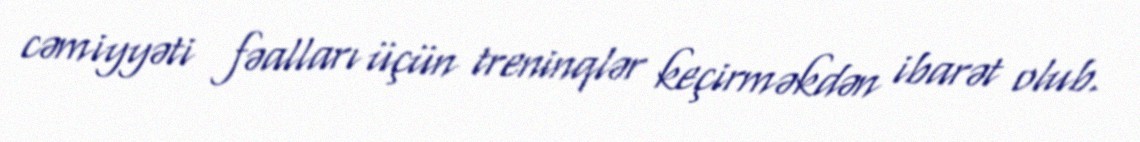
cəmiyyəti fəalları üçün treninqlər keçirməkdən ibarət olub.